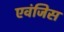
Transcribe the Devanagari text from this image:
एवंजिस